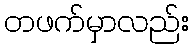
တဖက်မှာလည်း